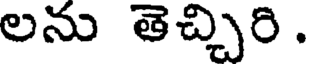
లను తెచ్చిరి .